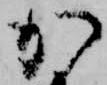
か